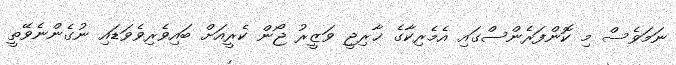
ނަމަވެސް މި ކޮންފަރެންސްގައި އެމެރިކާގެ ޚާރިޖީ ވަޒީރު ޖޯން ކެރީއަށް ބައިވެރިވެވަޑައި ނުގެންނެވޭތީ